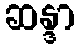
ဆန္ဒာ